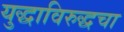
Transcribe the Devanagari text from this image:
युद्धाविरुद्धचा